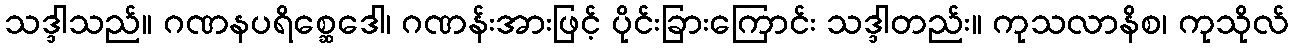
သဒ္ဒါသည်။ ဂဏနပရိစ္ဆေဒေါ၊ ဂဏန်းအားဖြင့် ပိုင်းခြားကြောင်း သဒ္ဒါတည်း။ ကုသလာနိစ၊ ကုသိုလ်